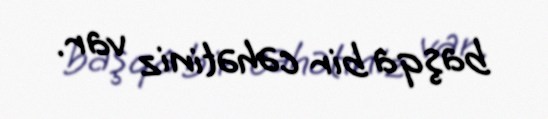
başqa bir cəhətiniz var.